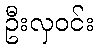
ဦးလှဝင်း